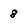
Character: 8